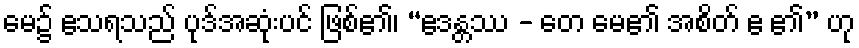
မေ၌ ဧသရသည် ပုဒ်အဆုံးပင် ဖြစ်၏၊ “ဧဒန္တဿ - တေ မေ၏ အစိတ် ဧ ၏” ဟု